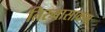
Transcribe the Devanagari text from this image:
तिरुवासाकम